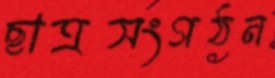
ছাত্রসংগঠন